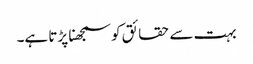
بہت سے حقائق کو سمجھنا پڑتا ہے۔